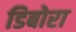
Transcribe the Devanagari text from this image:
डिबोरा